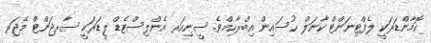
ކޮމާންޑަރަކީ ލެފްޓިނަންޓް ކާނަލް ޙުސައިން އިބްރާހިމްވެ. ސީނިއަރ އެންލިސްޓެޑް ލީޑަރަކީ ސާރޖަންޓް މޭޖަރ